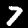
Label: 7